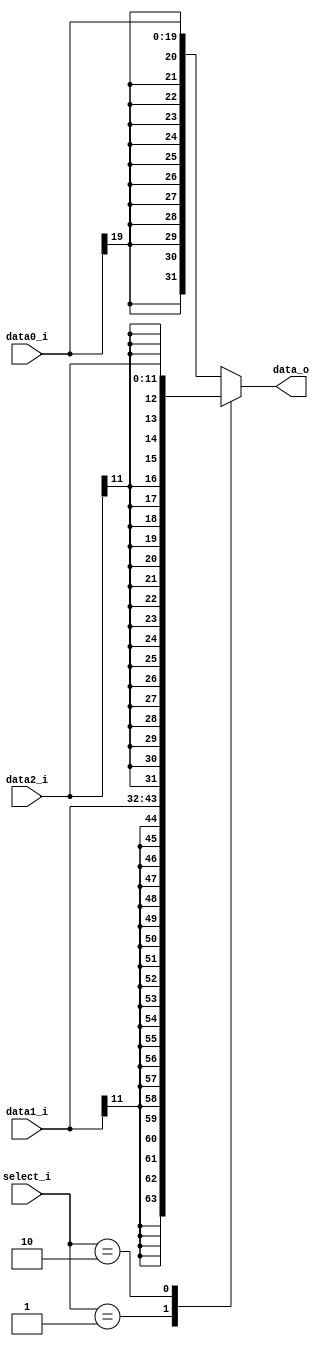
module  mux3
(
    input   wire    [19:0]  data0_i ,
    input   wire    [11:0]  data1_i ,
    input   wire    [11:0]  data2_i ,
    input   wire    [1:0 ]  select_i,
    
    output  reg     [31:0]  data_o  
);

always@(*)
    begin
        case(select_i)
            
            2'b00: data_o = {{12{data0_i[19]}}, data0_i};
            
            2'b01: data_o = {{20{data1_i[11]}}, data1_i};
            
            2'b10: data_o = {{20{data2_i[11]}}, data2_i};

            default: data_o = {{12{data0_i[19]}}, data0_i};
        
        endcase
    end


endmodule